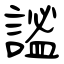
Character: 謐